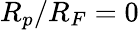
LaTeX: R_{p}/R_{F}=0